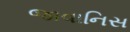
જાવાનિસ